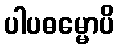
ပါပဓမ္မောပိ